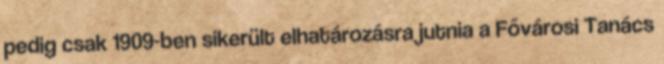
pedig csak 1909-ben sikerült elhatározásra jutnia a Fővárosi Tanács